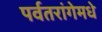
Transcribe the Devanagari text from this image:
पर्वतरांगेमधे